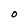
Character: 0